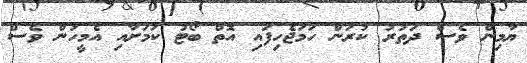
ޔާމިން ވެސް ދަތުރު ކުރަން ހަމަޖެހިފައި އޮތް ބޯޓު ކަމަށާއި އެމީހުން ވެސް